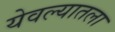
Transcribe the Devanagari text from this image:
येवल्यातला